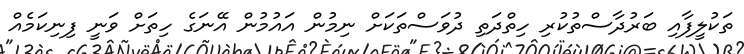
ތަކުލީފާއި ބަރުދާސްތުކުރި ހިތްދަތި ދުވަސްތަކަށް ނިމުން އައުމުން އޭނަގެ ހިތަށް ވަނީ ފިނިކަމެއް